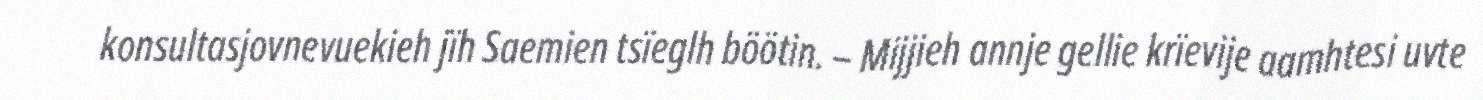
konsultasjovnevuekieh jïh Saemien tsïeglh böötin. – Mijjieh annje gellie krïevije aamhtesi uvte